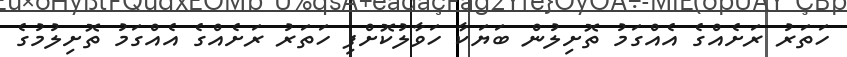
ހަތަރު ރަށެއްގެ އެއްގަމު ތޮށިލުން ބަޔަކާ ހަވާލުކޮށްފި ހަތަރު ރަށެއްގެ އެއްގަމު ތޮށިލުމުގެ